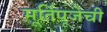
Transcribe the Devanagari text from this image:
मूर्तिपूजेची